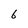
Character: 6